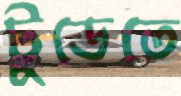
টুডেতে